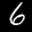
Label: 6